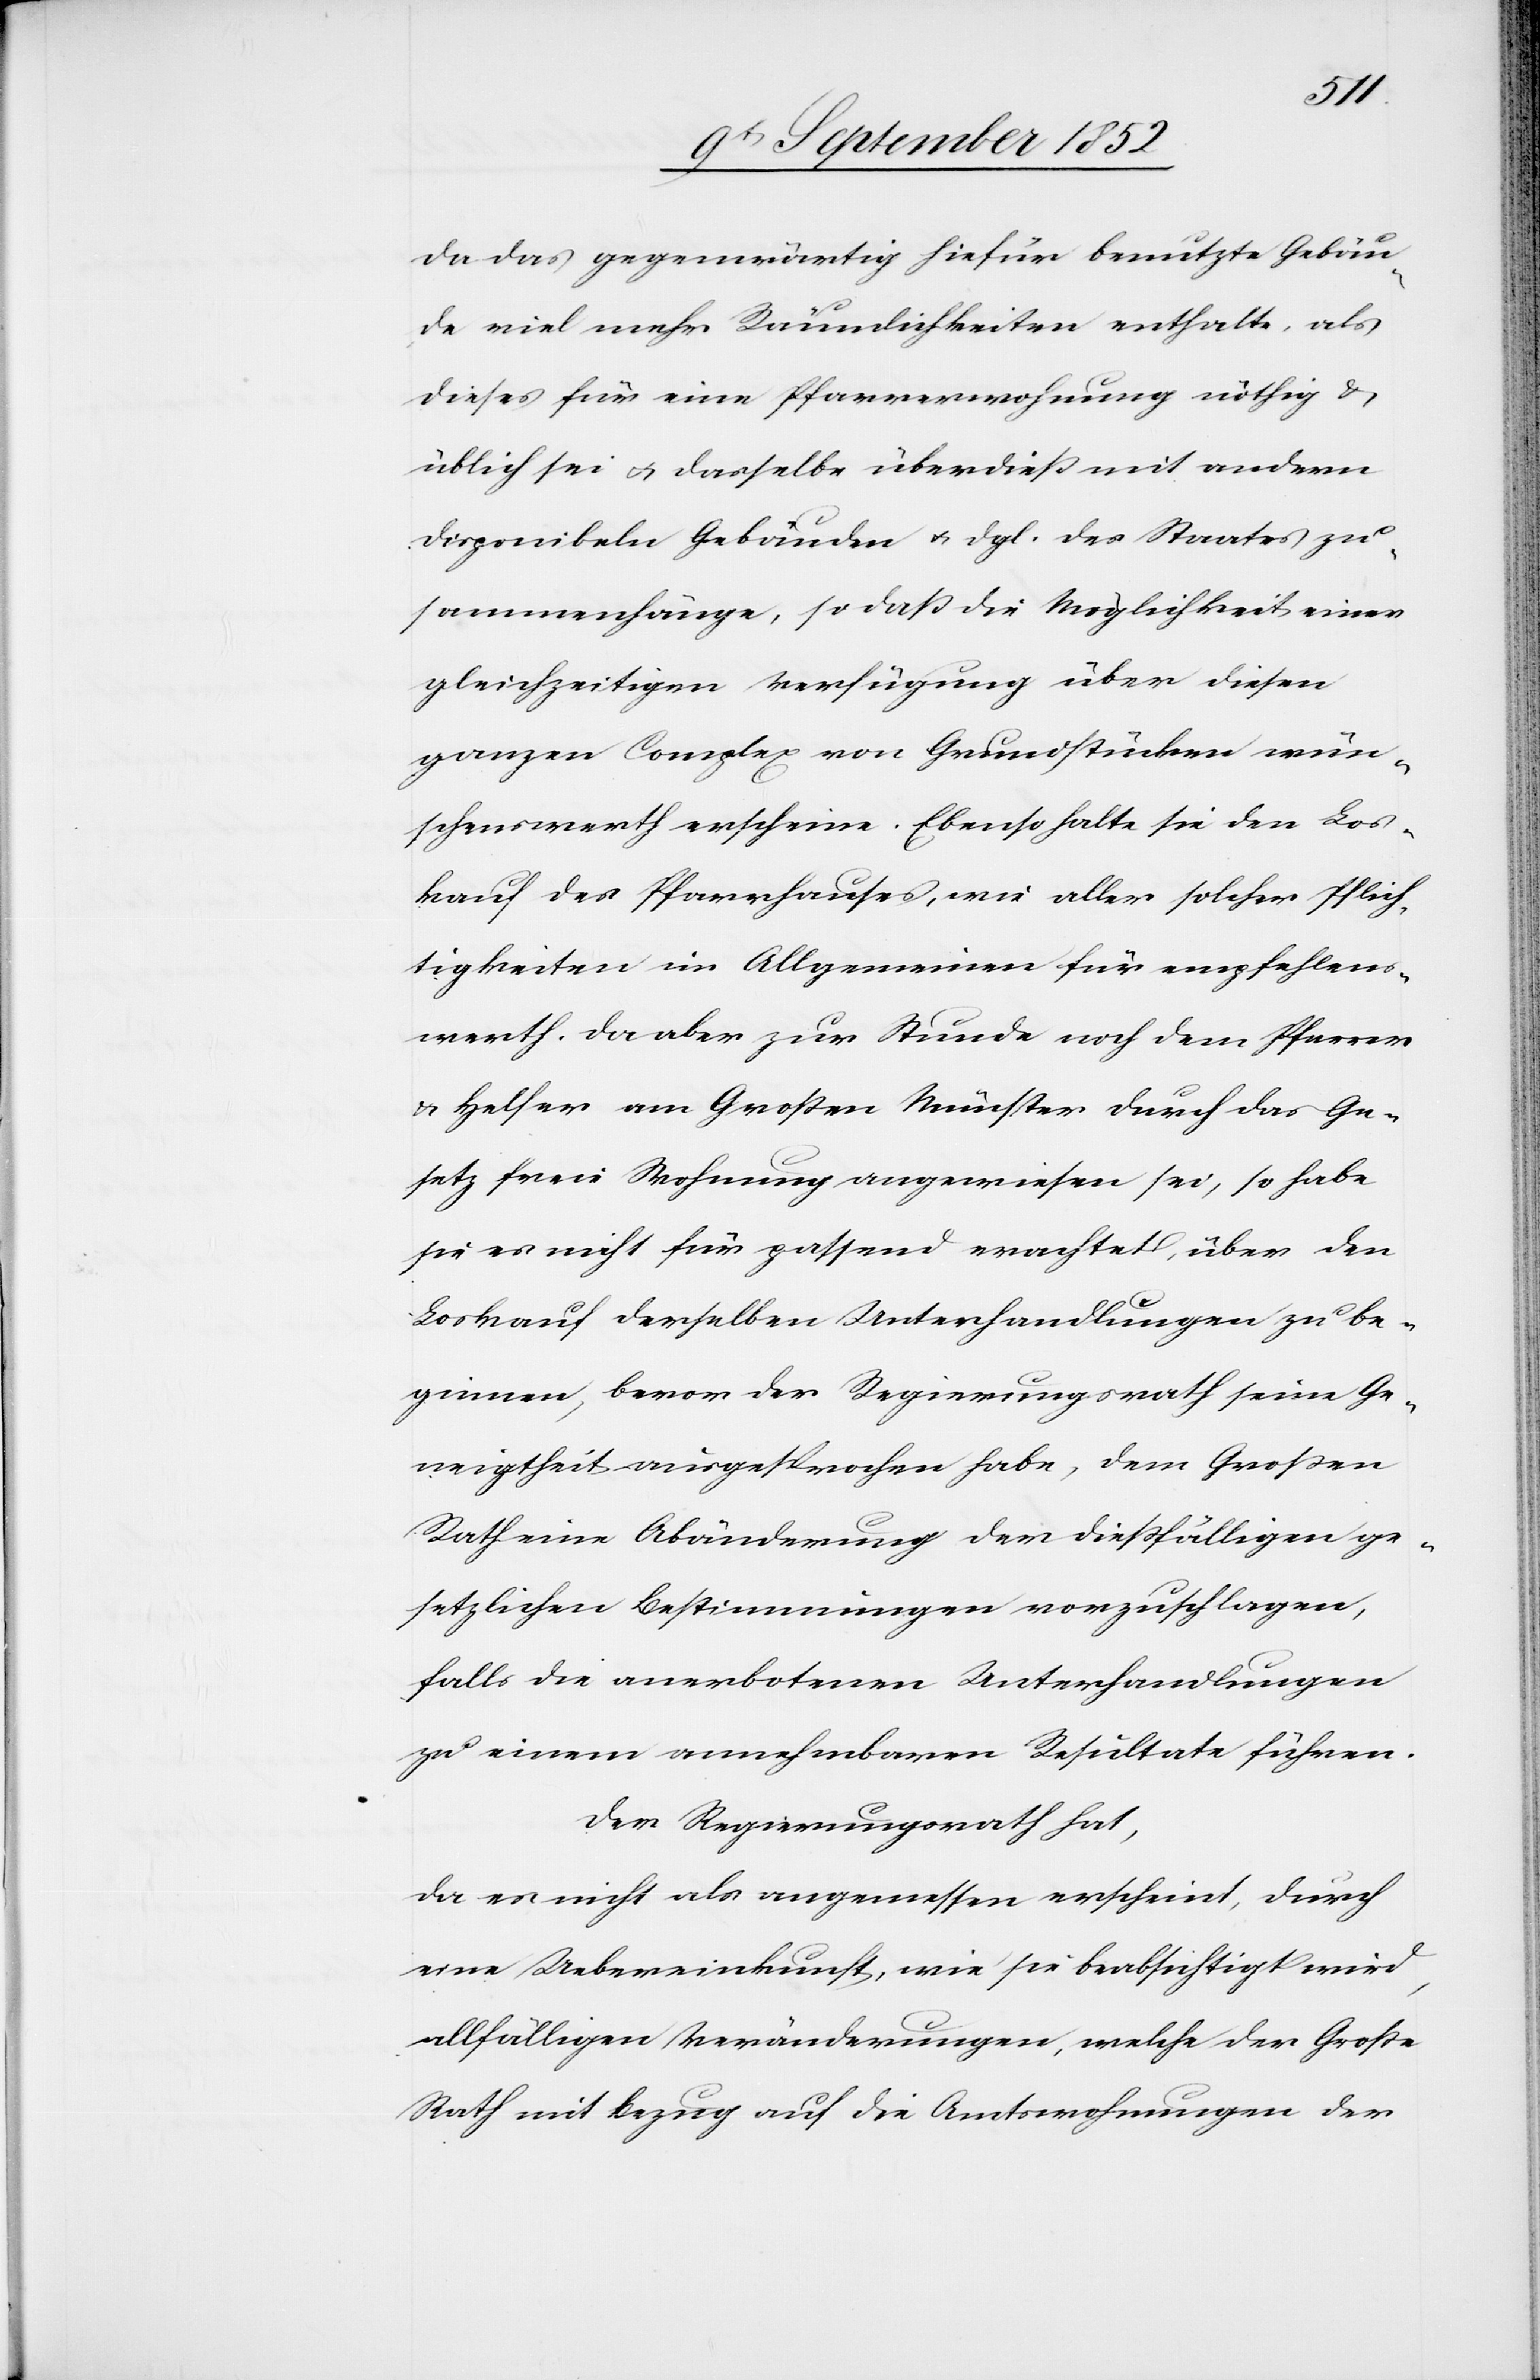
da das gegenwärtig hiefür benutzte Gebäu¬
de viel mehr Räumlichkeiten enthalte, als
dieses für eine Pfarrerwohnung nöthig &
üblich sei & dasselbe überdieß mit andern
disponibeln Gebäuden & dgl. des Staates zu¬
sammenhänge, so daß die Möglichkeit einer
gleichzeitigen Verfügung über diesen
ganzen Complex von Grundstücken wün¬
schenswerth erscheine. Ebenso halte sie den Los¬
kauf des Pfarrhauses, wie aller solcher Pflich¬
tigkeiten im Allgemeinen für empfehlens¬
werth. Da aber zur Stunde noch dem Pfarrer
& Helfer am Großen Münster durch das Ge¬
setz freie Wohnung angewiesen sei, so habe
sie es nicht für passend erachtet, über den
Loskauf derselben Unterhandlungen zu be¬
ginnen, bevor der Regierungsrath seine Ge¬
neigtheit ausgesprochen habe, dem Großen
Rath eine Abänderung der dießfälligen ge¬
setzlichen Bestimmungen vorzuschlagen,
falls die anerbotenen Unterhandlungen
zu einem annehmbaren Resultate führen.
Der Regierungsrath hat,
da es nicht als angemessen erscheint, durch
eine Uebereinkunft, wie sie beabsichtigt wird,
allfälligen Veränderungen, welche der Große
Rath mit Bezug auf die Amtswohnungen der